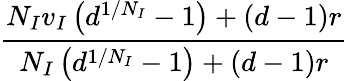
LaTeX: \frac{N_{I}v_{I}\left(d^{1/N_{I}}-1\right)+(d-1)r}{N_{I}\left(d^{1/N_{I}}-1\right)+(d-1)r}